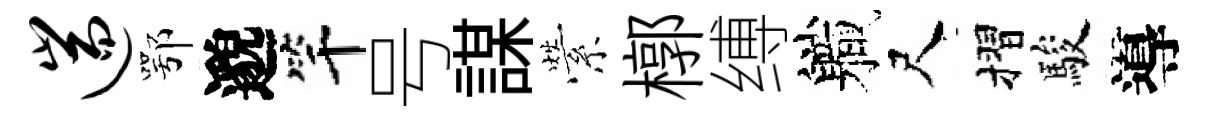
遄鄂邈竿号謀縈槨缚軄尺摺駿導